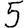
Digit: 5